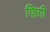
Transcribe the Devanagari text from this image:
ज़िग़ी